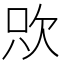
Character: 㰨